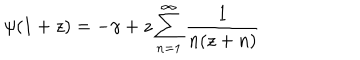
\psi ( 1 + z ) = - \gamma + z \sum _ { n = 1 } ^ { \infty } \frac { 1 } { n ( z + n ) }